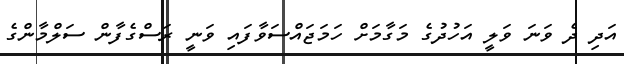
އަދި ދެ ވަނަ ވަލީ އަހުުދުގެ މަގާމަށް ހަމަޖައްސަވާފައި ވަނީ ރަސްގެފާން ސަލްމާންގެ